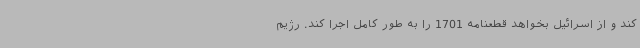
کند و از اسرائیل بخواهد قطعنامه 1701 را به طور کامل اجرا کند. رژیم